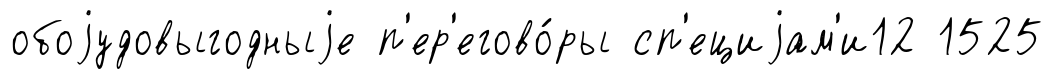
обоjудовыгодныjе п'ер'егово́ры сп'ециjам'и12 1525